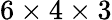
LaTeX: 6\times 4\times 3